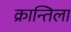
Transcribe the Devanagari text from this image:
क्रान्तिला